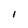
Character: I